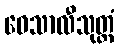
ဝေသာလီသုတ္တံ